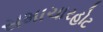
સમાચારહોટ